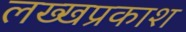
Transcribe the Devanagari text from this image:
लख्खप्रकाश